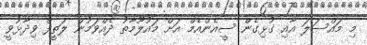
މި މައްސަލަ އާއި ގުޅިިގެން ސީއެންއެމް އަށް މައުލޫމާތު ދެއްވަމުން ލަތީފް ވިދާޅުވީ